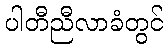
ပါတီညီလာခံတွင်